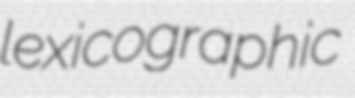
lexicographic